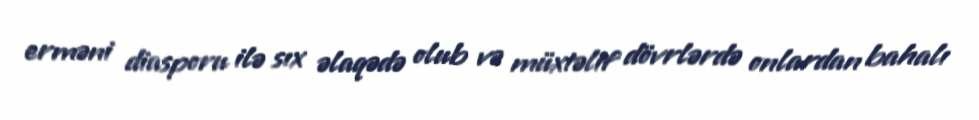
erməni diasporu ilə sıx əlaqədə olub və müxtəlif dövrlərdə onlardan bahalı